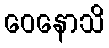
ဝေနောသိ